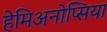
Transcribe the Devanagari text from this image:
हेमिअनोप्सिया